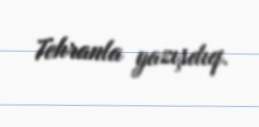
Tehranla yazışdıq.